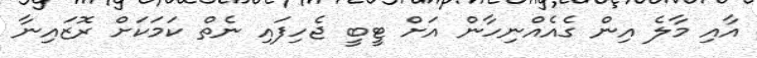
އާއި މާލެ އިން ގެއެއްނިހާން އަށް ޓީބީ ޖެހިފައި ނެތް ކަމަކަށް ރޮޒައިނާ